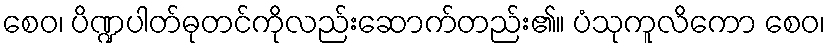
စေဝ၊ ပိဏ္ဍပါတ်ဓုတင်ကိုလည်းဆောက်တည်း၏။ ပံသုကူလိကော စေဝ၊